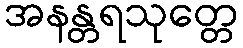
အနန္တရသုတ္တေ